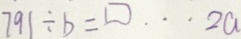
7 9 1 \div b = \square \cdots 2 a